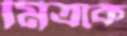
মিত্রকে